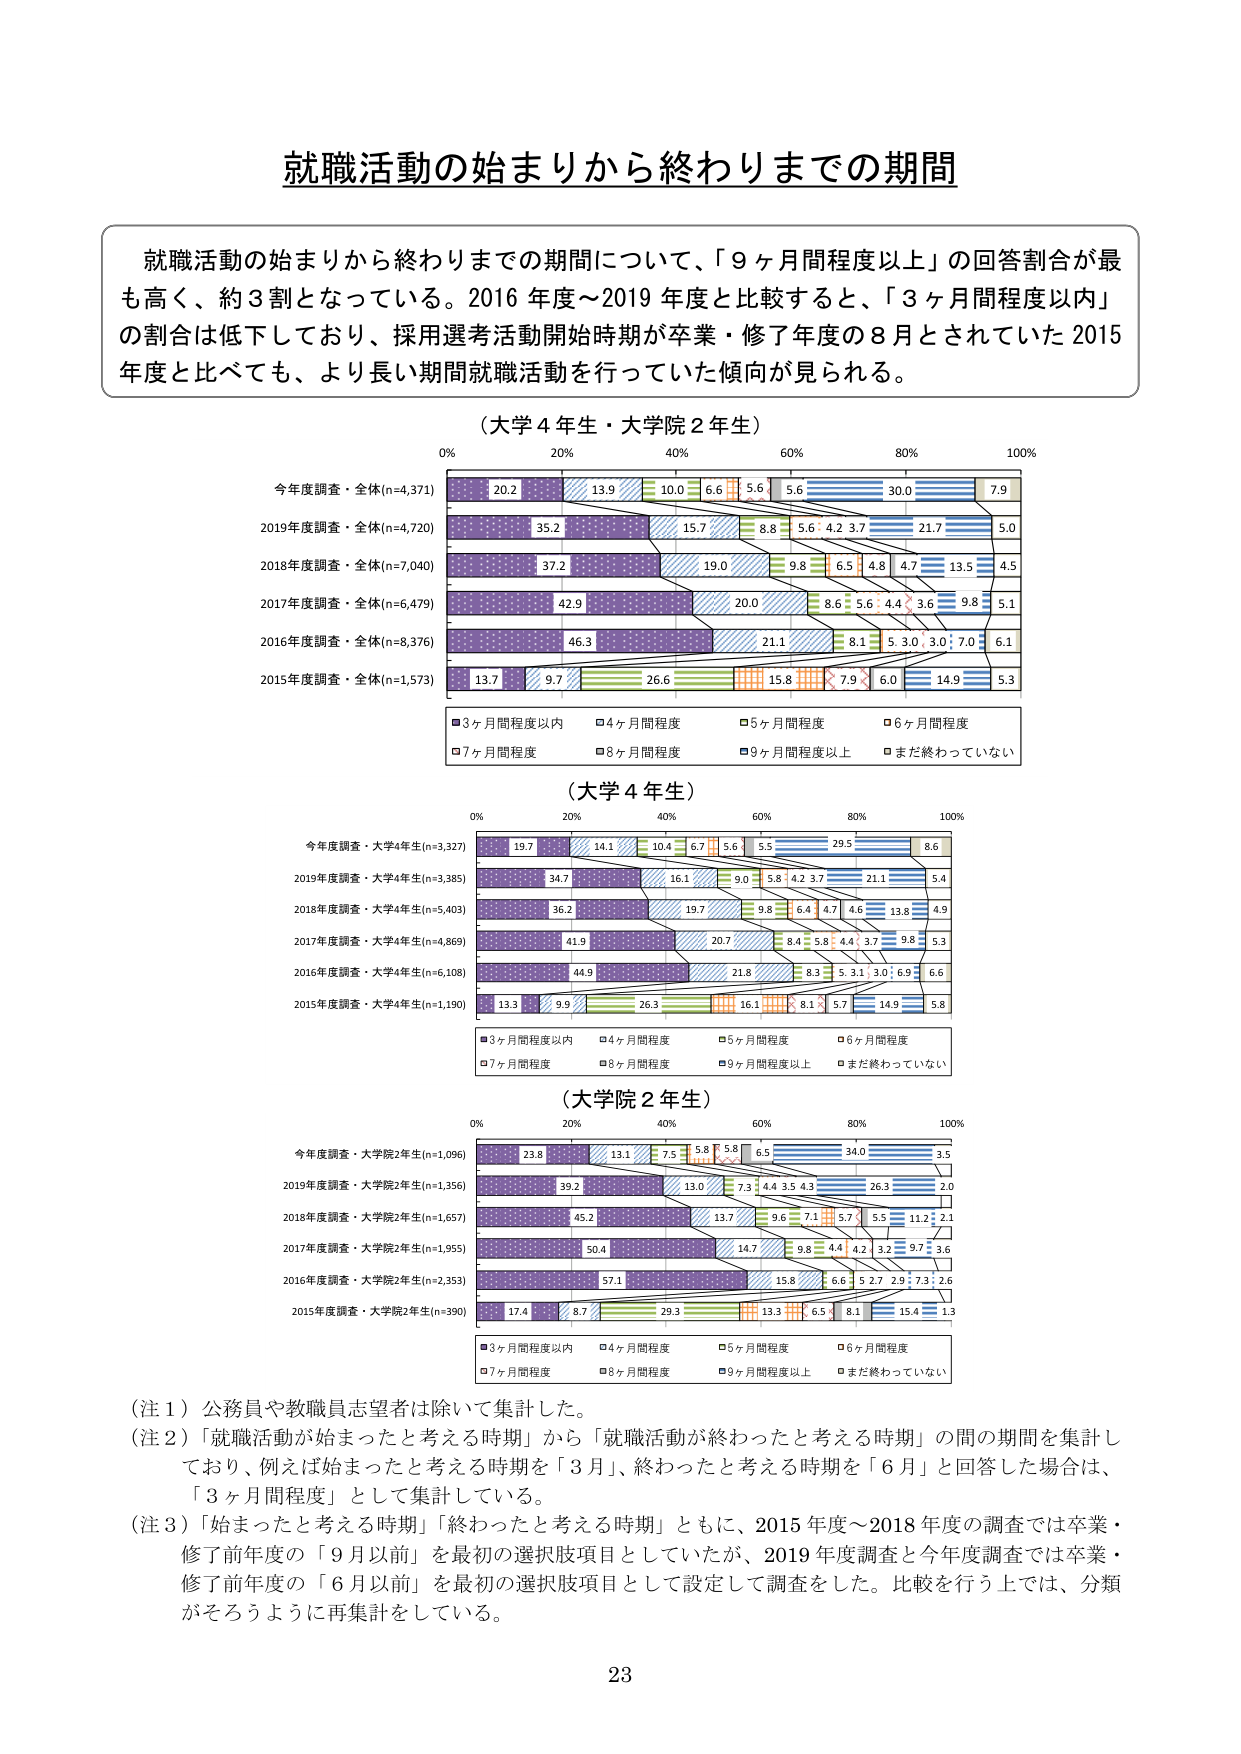
就職活動の始まりから終わりまでの期間

就職活動の始まりから終わりまでの期間について、「9ヶ月間程度以上」の回答割合が最も高く、約3割となっている。2016年度～2019年度と比較すると、「3ヶ月間程度以内」の割合は低下しており、採用選考活動開始時期が卒業・修了年度の8月とされていた2015年度と比べても、より長い期間就職活動を行っていた傾向が見られる。

（大学4年生・大学院2年生）
0% 20% 40% 60% 80% 100%
今年度調査・全体(n=4,371) 20.2 13.9 10.0 6.6 5.6 5.6 30.0 7.9
2019年度調査・全体(n=4,720) 35.2 15.7 8.8 5.6 4.2 3.7 21.7 5.0
2018年度調査・全体(n=7,040) 37.2 19.0 9.8 6.5 4.8 4.7 13.5 4.5
2017年度調査・全体(n=6,479) 42.9 20.0 8.6 5.6 4.4 3.6 9.8 5.1
2016年度調査・全体(n=8,376) 46.3 21.1 8.1 5.3 3.0 3.0 7.0 6.1
2015年度調査・全体(n=1,573) 13.7 9.7 26.6 15.8 7.9 6.0 14.9 5.3
■3ヶ月間程度以内 □4ヶ月間程度 ■5ヶ月間程度 □6ヶ月間程度
■7ヶ月間程度 □8ヶ月間程度 ■9ヶ月間程度以上 □まだ終わっていない

（大学4年生）
0% 20% 40% 60% 80% 100%
今年度調査・大学4年生(n=3,327) 19.7 14.1 10.4 6.7 5.6 5.5 29.5 8.6
2019年度調査・大学4年生(n=3,385) 34.7 16.1 9.0 5.8 4.2 3.7 21.1 5.4
2018年度調査・大学4年生(n=5,403) 36.2 19.7 9.8 6.4 4.7 4.6 13.8 4.9
2017年度調査・大学4年生(n=4,869) 41.9 20.7 8.4 5.8 4.4 3.7 9.8 5.3
2016年度調査・大学4年生(n=6,108) 44.9 21.8 8.3 5.3 3.1 3.0 6.9 6.6
2015年度調査・大学4年生(n=1,190) 13.3 9.9 26.3 16.1 8.1 5.7 14.9 5.8
■3ヶ月間程度以内 □4ヶ月間程度 ■5ヶ月間程度 □6ヶ月間程度
■7ヶ月間程度 □8ヶ月間程度 ■9ヶ月間程度以上 □まだ終わっていない

（大学院2年生）
0% 20% 40% 60% 80% 100%
今年度調査・大学院2年生(n=1,096) 23.8 13.1 7.5 5.8 5.8 6.5 34.0 3.5
2019年度調査・大学院2年生(n=1,356) 39.2 13.0 7.3 4.4 3.5 4.3 26.3 2.0
2018年度調査・大学院2年生(n=1,657) 45.2 13.7 9.6 7.1 5.7 5.5 11.2 2.1
2017年度調査・大学院2年生(n=1,955) 50.4 14.7 9.8 4.4 4.2 3.2 9.7 3.6
2016年度調査・大学院2年生(n=2,353) 57.1 15.8 6.6 5.2 7.2 9.7 3.6
2015年度調査・大学院2年生(n=390) 17.4 8.7 29.3 13.3 6.5 8.1 15.4 1.3
■3ヶ月間程度以内 □4ヶ月間程度 ■5ヶ月間程度 □6ヶ月間程度
■7ヶ月間程度 □8ヶ月間程度 ■9ヶ月間程度以上 □まだ終わっていない

（注1）公務員や教職員志望者は除いて集計した。
（注2）「就職活動が始まったと考える時期」から「就職活動が終わったと考える時期」の間の期間を集計しており、例えば始まったと考える時期を「3月」、終わったと考える時期を「6月」と回答した場合は、「3ヶ月間程度」として集計している。
（注3）「始まったと考える時期」「終わったと考える時期」ともに、2015年度～2018年度の調査では卒業・修了前年度の「9月以前」を最初の選択肢項目としていたが、2019年度調査と今年度調査では卒業・修了前年度の「6月以前」を最初の選択肢項目として設定して調査した。比較を行う上では、分類がそろうように再集計をしている。

23